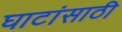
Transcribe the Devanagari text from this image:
घाटांसाठी